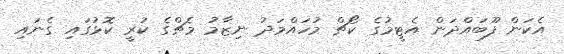
އެކަން ފޫބައްދަން އެޓީމުގެ ކޯޗް މުހައްމަދު ނިޒާމު މެޗްގެ ކުރީ ކޮޅުގައި ގެނައި